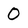
Character: 0